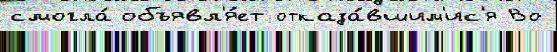
смогла́ объявл'я́ет отказа́вшим'ис'я Во